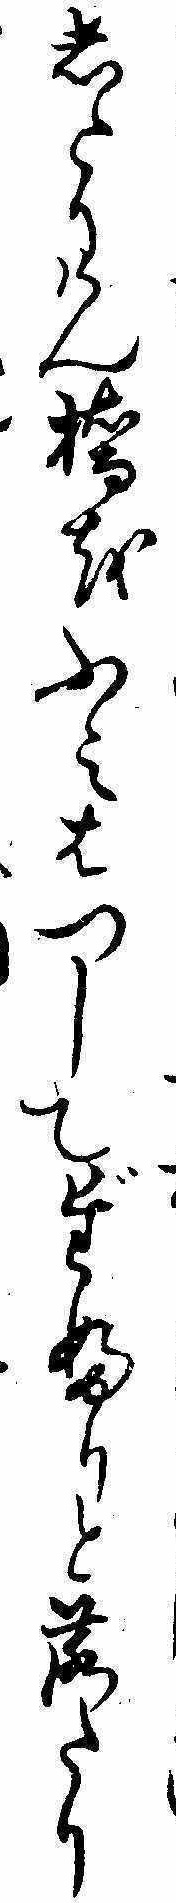
したりけん橋をふみはつしてだふりと落たり